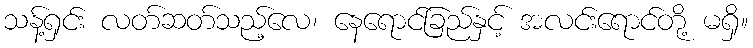
သန့်ရှင်း လတ်ဆတ်သည့်လေ၊ နေရောင်ခြည်နှင့် အလင်းရောင်တို့ မရှိ။